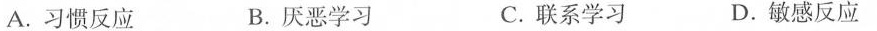
A.习惯反应 B.厌恶学习 C.联系学习 D.敏感反应